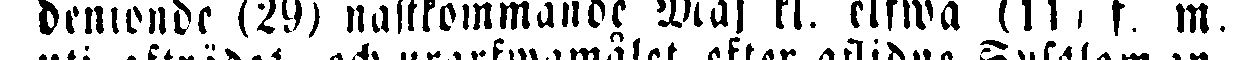
denionde (29) nästkommande Maj kl. elfwa (11. f m.